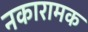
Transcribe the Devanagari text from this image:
नकारामक